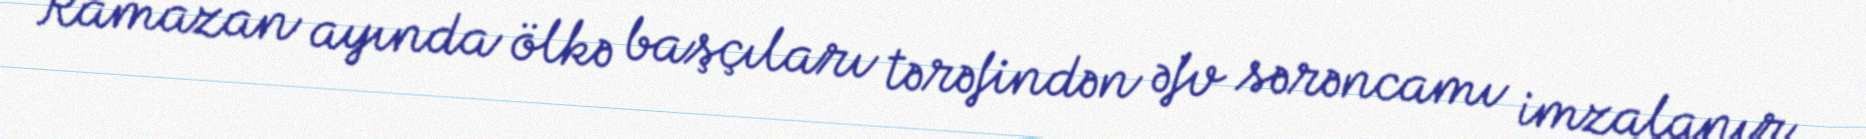
Ramazan ayında ölkə başçıları tərəfindən əfv sərəncamı imzalanır.